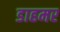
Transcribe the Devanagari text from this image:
डाहमर